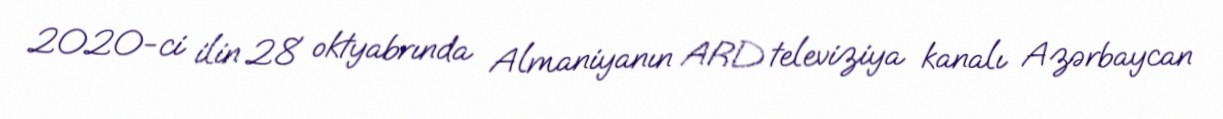
2020-ci ilin 28 oktyabrında Almaniyanın ARD televiziya kanalı Azərbaycan